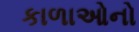
કાળાઓનો